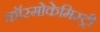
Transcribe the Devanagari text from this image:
कॉस्मोकेमिस्ट्री